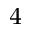
^ 4